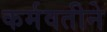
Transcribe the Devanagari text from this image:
कर्मवतीने